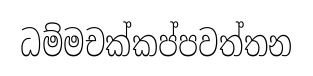
ධම්මචක්කප්පවත්තන